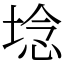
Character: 埝